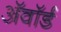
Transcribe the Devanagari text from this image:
अॅवॉर्ड